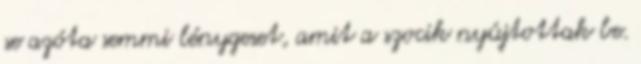
se azóta semmi lénygeset, amit a szocik nyújtottak be.